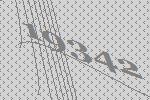
19342